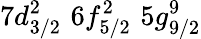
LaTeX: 7d_{3/2}^{2}\, \, 6f_{5/2}^{2}\, \, 5g_{9/2}^{9}